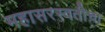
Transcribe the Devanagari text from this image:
महासरस्वतीचा